Leaving Certificate Examination, 1903
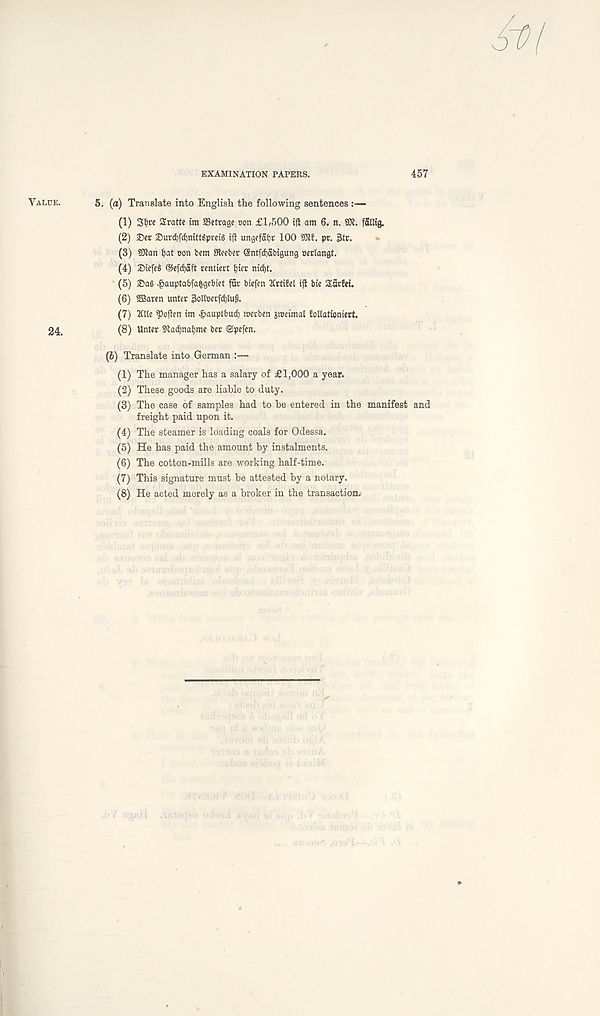
Value.
24.
EXAMINATION PAPERS.
457
5. (a) Translate into English the following sentences :—
(1) Sfyte Sratte im SSetragc con £1,500 ift am 6. n. SOt . fSHig.
(2) S)er £)urd)fd)mttgpreig ift ungefatjr 100 3Jtt. pr. 3tr.
(3) 50tan i)at son bem 3t?eber ®ntfd)5bigung oerlangt.
(4) DicfcS ®efd)aft rentier! tjier nid)t.
(5) )Da§ ^auptabfa^gebiet fur biefen ttrtifel iji bie Sarfet.
(6) 2Baren unter 3o(toerfd)tup.
(7) 2Cl t e Soften im ^auptbud) merben jmeimal follationiert.
(8) Unter Sladjnatjme bet ©pefen.
(6) Translate into German :—
(1) The manager has a salary of £1,000 a year.
(2) These goods are liable to duty.
(3) The case of samples had to be entered in the manifest and
freight paid upon it.
(4) The steamer is loading coals for Odessa.
(5) He has paid the amount by instalments.
(6) The cotton-mills are working half-time.
(7) This signature must be attested by a notary.
(8) He acted merely as a broker in the transaction.